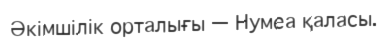
Әкімшілік орталығы — Нумеа қаласы.